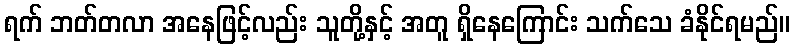
ရက် ဘတ်တလာ အနေဖြင့်လည်း သူတို့နှင့် အတူ ရှိနေကြောင်း သက်သေ ခံနိုင်ရမည်။